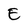
Character: E